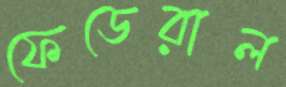
ফেডেরাল